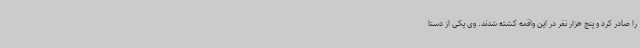
را صادر کرد و پنج هزار نفر در این واقعه کشته شدند. وی یکی از دستا